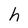
Character: h